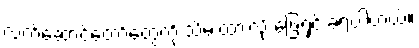
လက်ဆောင်တော်တွေကို သိမ်းထားလို့ ဖြေရှင်းခဲ့ရပါတယ်။